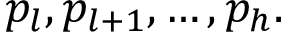
p _ { l } , p _ { l + 1 } , \ldots , p _ { h } .